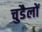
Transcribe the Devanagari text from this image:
चुडैलों